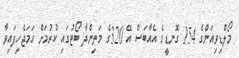
މޯލްޑިވިއަންގެ 154 ގޮނޑީގެ އެއާބަސް އޭ 320ގެ މަތިންދާ ބޯޓުގައި ކުރުމަށް ހަމަޖެހިފައިވާ